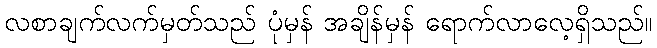
လစာချက်လက်မှတ်သည် ပုံမှန် အချိန်မှန် ရောက်လာလေ့ရှိသည်။